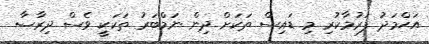
އަޙްމަދު ފަރުމާކުރިި މި ޑައިސް ތަކަށް ދިން ނަމްބަރު ތަކަކީ ވެސް ދިރާސާ